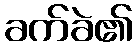
ခက်ခဲ၏